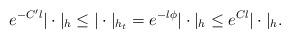
LaTeX: \begin{align*} e^{-C'l} |\cdot|_h\le |\cdot|_{h_t}=e^{-l\phi}|\cdot|_ h\le e^{Cl}|\cdot|_h. \end{align*}